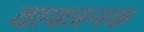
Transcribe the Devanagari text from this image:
वाक्जनक